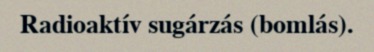
Radioaktív sugárzás (bomlás).